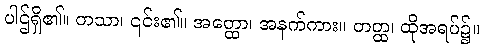
ပါဌ်ရှိ၏။ တသာ၊ ၎င်း၏။ အတ္ထော၊ အနက်ကား။ တတ္ထ၊ ထိုအရပ်၌။